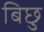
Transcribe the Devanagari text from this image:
बिछु